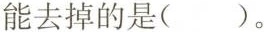
能去掉的是( )。